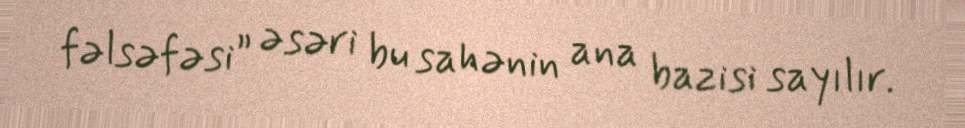
fəlsəfəsi” əsəri bu sahənin ana bazisi sayılır.